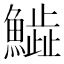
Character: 𩻩